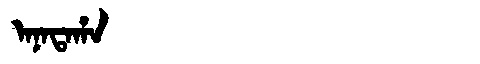
Manchu: ᠠᠨᠠᡨᠠᡥᠠ
Romanization: ANATAHA